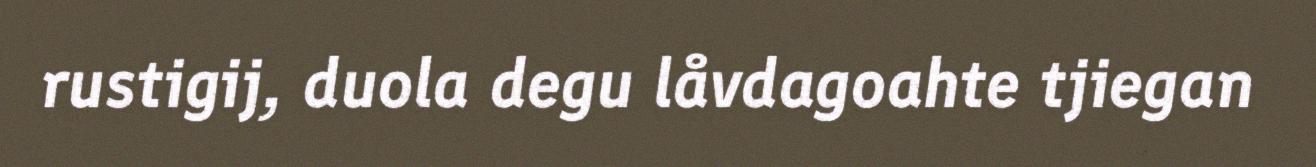
rustigij, duola degu låvdagoahte tjiegan